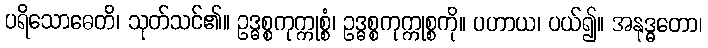
ပရိသောဓေတိ၊ သုတ်သင်၏။ ဥဒ္ဓစ္စကုက္ကုစ္စံ၊ ဥဒ္ဓစ္စကုက္ကုစ္စကို။ ပဟာယ၊ ပယ်၍။ အနုဒ္ဓတော၊